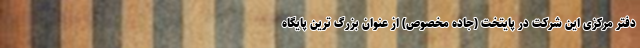
دفتر مرکزی این شرکت در پایتخت (جاده مخصوص) از عنوان بزرگ ترین پایگاه